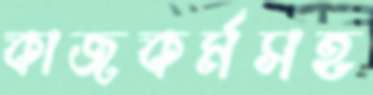
কাজকর্মসহ